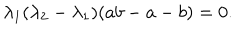
\lambda _ { 1 } ( \lambda _ { 2 } - \lambda _ { 1 } ) ( a b - a - b ) = 0 .